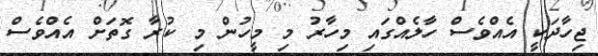
ޖިހާދަކީ އެއްވެސް ހާލެއްގައި މިހާރު މި މީހުން މި ކުރާ ގޮތަށް އެއްވެސް